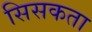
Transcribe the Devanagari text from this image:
सिसकता